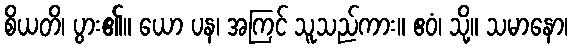
စိယတိ၊ ပွား၏။ ယော ပန၊ အကြင် သူသည်ကား။ ဧဝံ၊ သို့။ သမာနော၊